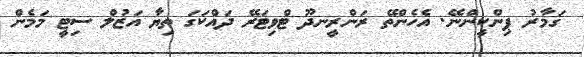
ގަމާރު ޕިންކީންނޭ. އެހެންތޭ ރަންރީނދޫ ޓްވިޓަރޭ ދައްކަގަ ތިޔާ އަޒުލް ސިޓީ މަމެން